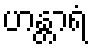
ဟန္တာရံ